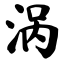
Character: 涡